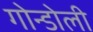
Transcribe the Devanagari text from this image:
गोन्डोली